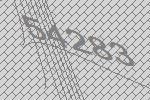
54283